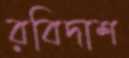
রবিদাশ